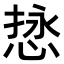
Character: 𫺖